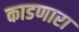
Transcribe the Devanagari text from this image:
काडणारा